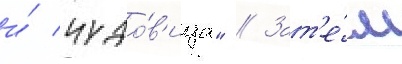
и́ чудо́в'ища" // Зат'е́м